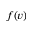
f ( v )